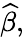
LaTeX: {\widehat{\beta}},